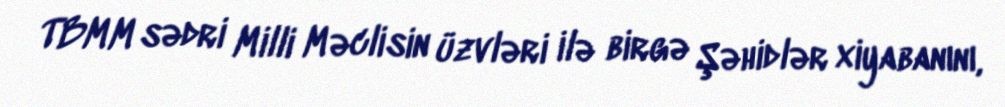
TBMM sədri Milli Məclisin üzvləri ilə birgə Şəhidlər xiyabanını,